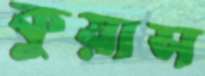
কুয়াস